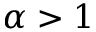
\alpha > 1